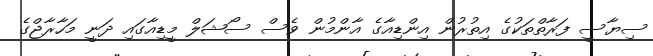
ސިޔާސީ ފަރާތްތަކުގެ އިތުރުން އިންޑިއާގެ އާންމުން ވެސް ސޯޝަލް މީޑިއާގައި ދަނީ މަހާރާޖްގެ